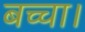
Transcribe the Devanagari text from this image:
बच्चा।